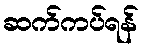
ဆက်ကပ်ရန်